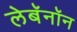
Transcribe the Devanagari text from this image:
लेबॅनॉन